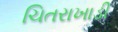
ચિતરાખાડી